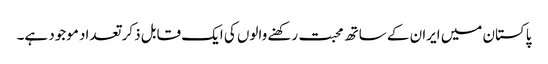
پاکستان میں ایران کے ساتھ محبت رکھنے والوں کی ایک قابل ذکر تعداد موجود ہے۔